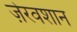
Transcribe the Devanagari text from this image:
ज़ेरवशान